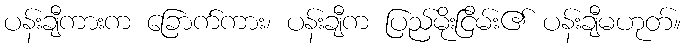
ပန်းချီကားက ခြောက်ကား၊ ပန်းချီက ပြည်မိုးငြိမ်း၏ ပန်းချီမဟုတ်။